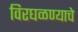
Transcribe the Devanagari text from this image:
विरघळण्याचे